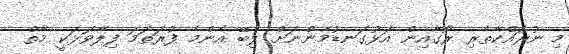
މި ނުރައްކާތެރި ރޯގާއިން އަޅުގަނޑުމެންނަށް ލިބޭ އެންމެ ފުރަތަމަ ފިލާވަޅަކީ މާތް